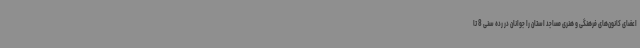
اعضای کانون‌های فرهنگی و هنری مساجد استان را جوانان در رده سنی 8 تا